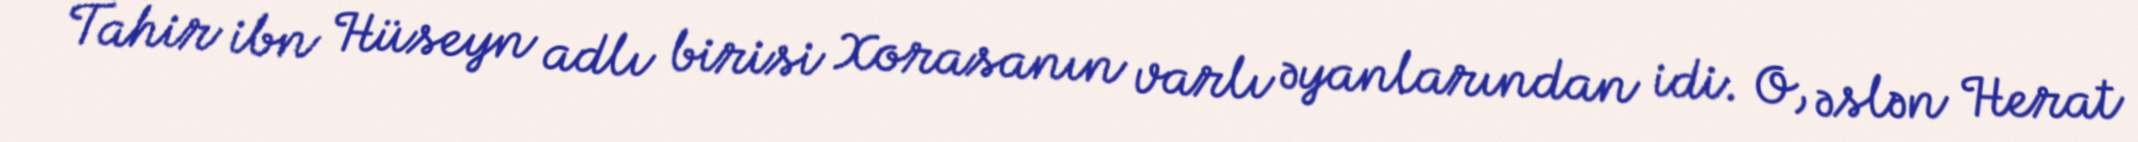
Tahir ibn Hüseyn adlı birisi Xorasanın varlı əyanlarından idi. O, əslən Herat